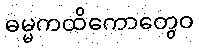
ဓမ္မကထိကောတွေဝ